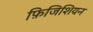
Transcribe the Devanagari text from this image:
फ़िजिशियन